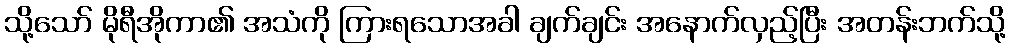
သို့သော် မိုရီအိုကာ၏ အသံကို ကြားရသောအခါ ချက်ချင်း အနောက်လှည့်ပြီး အတန်းဘက်သို့